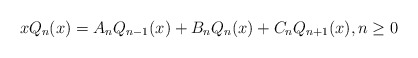
\begin{align*}xQ_n(x) = A_nQ_{n-1}(x) + B_nQ_n(x) + C_nQ_{n+1}(x),n \ge 0\end{align*}